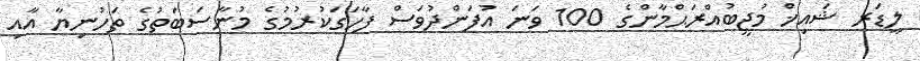
ލީޑަރ ޝައިޚް މުޖީބުއްރަޙްމާންގެ 100 ވަނަ އުފަންދުވަސް ފާހަގަކުރުމުގެ މުނާސަބަތުގެ ތަހުނިޔާ އާއި